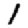
Digit: 1